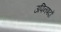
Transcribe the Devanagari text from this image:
उपिनषदों